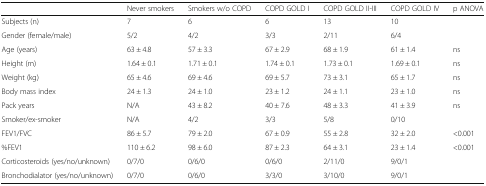
|  | Never smokers | Smokers w/o COPD | COPD GOLD I | COPD GOLD II-III | COPD GOLD IV | p ANOVA |
 | --- | --- | --- | --- | --- | --- | --- |
 | Subjects (n) | 7 | 6 | 6 | 13 | 10 |  |
 | Gender (female/male) | 5/2 | 4/2 | 3/3 | 2/11 | 6/4 |  |
 | Age (years) | 63 ± 4.8 | 57 ± 3.3 | 67 ± 2.9 | 68 ± 1.9 | 61 ± 1.4 | ns |
 | Height (m) | 1.64 ± 0.1 | 1.71 ± 0.1 | 1.74 ± 0.1 | 1.73 ± 0.1 | 1.69 ± 0.1 | ns |
 | Weight (kg) | 65 ± 4.6 | 69 ± 4.6 | 69 ± 5.7 | 73 ± 3.1 | 65 ± 1.7 | ns |
 | Body mass index | 24 ± 1.3 | 24 ± 1.0 | 23 ± 1.2 | 24 ± 1.1 | 23 ± 1.0 | ns |
 | Pack years | N/A | 43 ± 8.2 | 40 ± 7.6 | 48 ± 3.3 | 41 ± 3.9 | ns |
 | Smoker/ex-smoker | N/A | 4/2 | 3/3 | 5/8 | 0/10 |  |
 | FEV1/FVC | 86 ± 5.7 | 79 ± 2.0 | 67 ± 0.9 | 55 ± 2.8 | 32 ± 2.0 | <0.001 |
 | %FEV1 | 110 ± 6.2 | 98 ± 6.0 | 87 ± 2.3 | 64 ± 3.1 | 23 ± 1.4 | <0.001 |
 | Corticosteroids (yes/no/unknown) | 0/7/0 | 0/6/0 | 0/6/0 | 2/11/0 | 9/0/1 |  |
 | Bronchodialator (yes/no/unknown) | 0/7/0 | 0/6/0 | 3/3/0 | 3/10/0 | 9/0/1 |  |